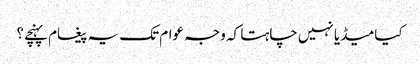
کیا میڈیا نہیں چاہتا کہ وجہ عوام تک یہ پیغام پہنچے؟